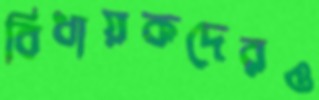
বিধায়কদেরও